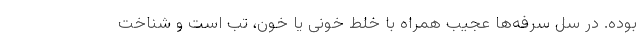
بوده. در سل سرفه‌ها عجیب همراه با خلط خونی یا خون، تب است و شناخت